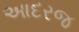
આદરજ